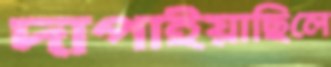
দাপাইয়াছিলে